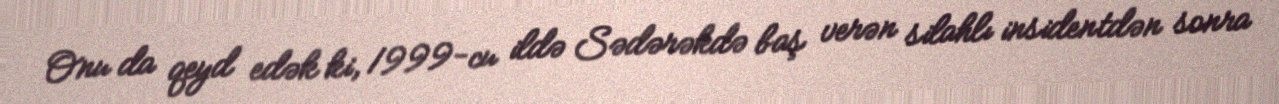
Onu da qeyd edək ki, 1999-cu ildə Sədərəkdə baş verən silahlı insidentdən sonra